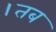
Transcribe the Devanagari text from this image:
।तब